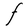
Character: F